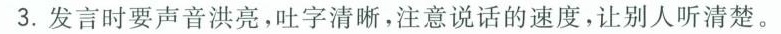
3.发言时要声音洪亮，吐字清晰，注意说话的速度，让别人听清楚。